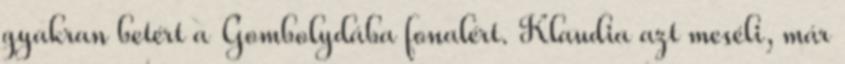
gyakran betért a Gombolydába fonalért. Klaudia azt meséli, már